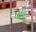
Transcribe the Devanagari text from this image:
पाॅॅड